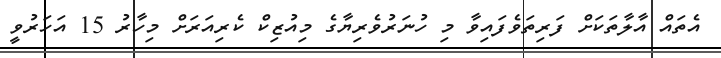
އެތައް އާލާތަކަށް ފަރިތަވެފައިވާ މި ހުނަރުވެރިޔާގެ މިއުޒިކް ކެރިއަރަށް މިހާރު 15 އަހަރުވީ